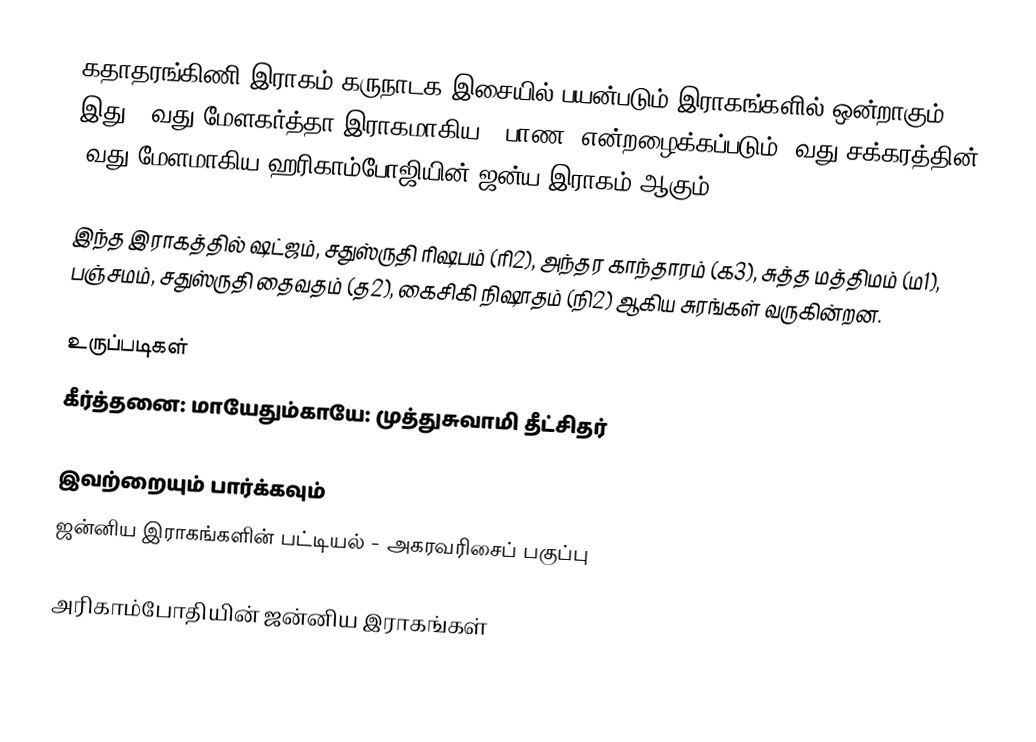
கதாதரங்கிணி இராகம் கருநாடக இசையில் பயன்படும் இராகங்களில் ஒன்றாகும். இது 28வது மேளகர்த்தா இராகமாகிய, "பாண" என்றழைக்கப்படும் 5வது சக்கரத்தின் 4வது மேளமாகிய ஹரிகாம்போஜியின் ஜன்ய இராகம் ஆகும்.

இந்த இராகத்தில் ஷட்ஜம், சதுஸ்ருதி ரிஷபம் (ரி2), அந்தர காந்தாரம் (க3), சுத்த மத்திமம் (ம1), பஞ்சமம், சதுஸ்ருதி தைவதம் (த2), கைசிகி நிஷாதம் (நி2) ஆகிய சுரங்கள் வருகின்றன.

உருப்படிகள்
 கீர்த்தனை: மாயேதும்காயே: முத்துசுவாமி தீட்சிதர்

இவற்றையும் பார்க்கவும்
 ஜன்னிய இராகங்களின் பட்டியல் - அகரவரிசைப் பகுப்பு

அரிகாம்போதியின் ஜன்னிய இராகங்கள்